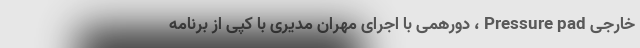
خارجی Pressure pad ، دورهمی با اجرای مهران مدیری با کپی از برنامه